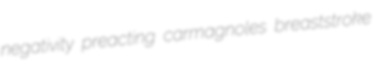
negativity preacting carmagnoles breaststroke